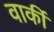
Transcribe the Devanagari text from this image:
वार्की